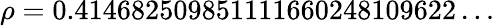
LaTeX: \rho=0.414682509851111660248109622\ldots